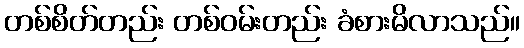
တစ်စိတ်တည်း တစ်ဝမ်းတည်း ခံစားမိလာသည်။